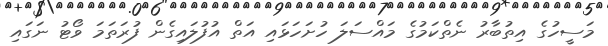
މަސީހުގެ އިތުބާރު ނެތްކަމުގެ މައްސަލަ ހުށަހަޅައި އަތް އުފުލައިގެން ފުރަތަމަ ވޯޓު ނަގައި